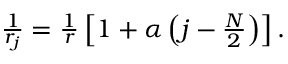
\begin{array} { r } { \frac { 1 } { r _ { j } } = \frac { 1 } { r } \left[ 1 + \alpha \left( j - \frac { N } { 2 } \right) \right] . } \end{array}